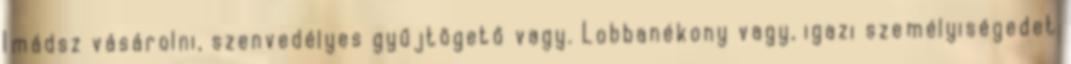
Imádsz vásárolni, szenvedélyes gyűjtögető vagy. Lobbanékony vagy, igazi személyiségedet